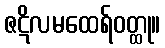
ဇဋိလမထေရ်ဝတ္ထု။